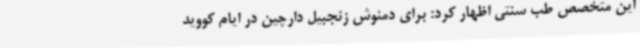
این متخصص طب سنتی اظهار کرد: برای دمنوش زنجبیل دارچین در ایام کووید